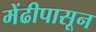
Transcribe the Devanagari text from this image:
मेंढीपासून